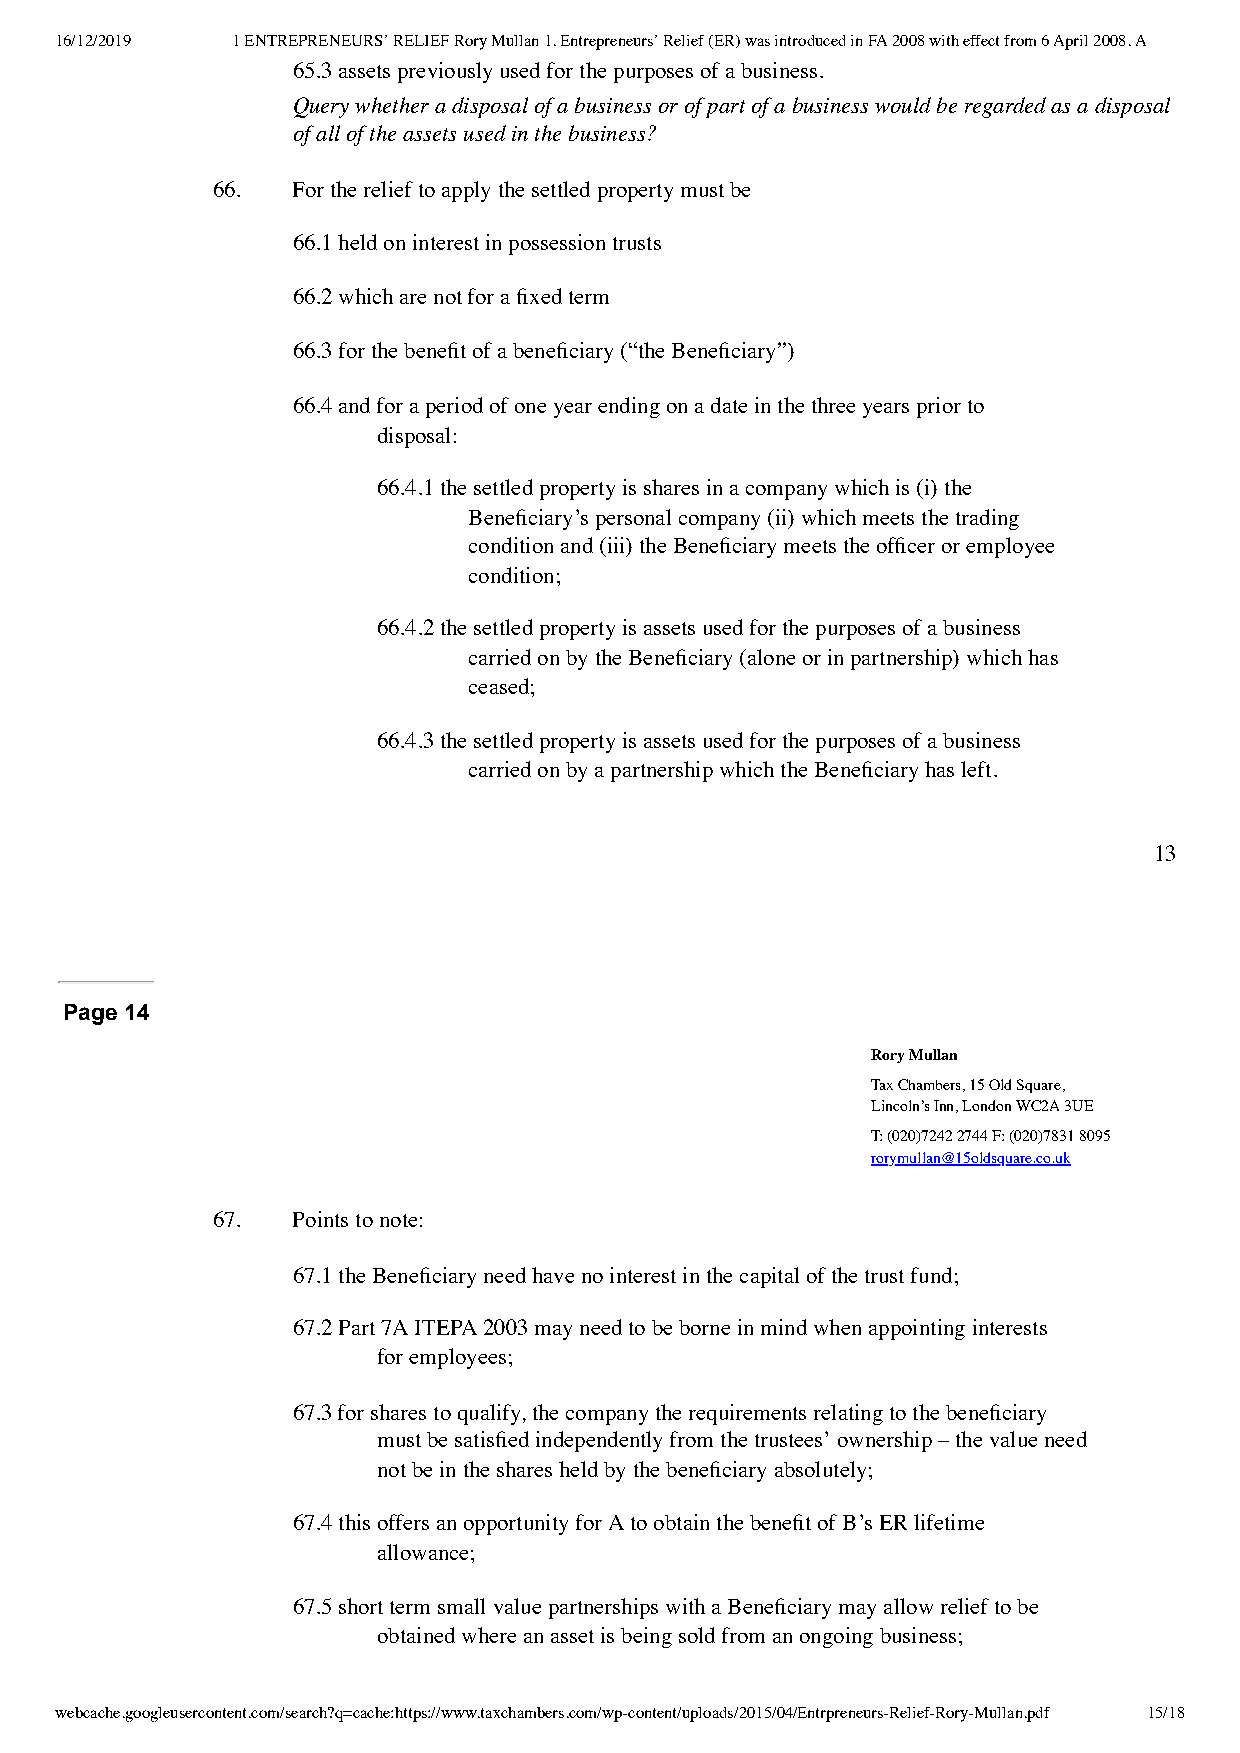
16/12/2019 1 ENTREPRENEURS’ RELIEF Rory Mullan 1. Entrepreneurs’ Relief (ER) was introduced in FA 2008 with effect from 6 April 2008. A
 65.3 assets previously used for the purposes of a business.
 Query whether a disposal of a business or of part of a business would be regarded as a disposal
 of all of the assets used in the business?
 66.  For the relief to apply the settled property must be
 66.1 held on interest in possession trusts
 66.2 which are not for a fixed term
 66.3 for the benefit of a beneficiary (“the Beneficiary”)
 66.4 and for a period of one year ending on a date in the three years prior to
 disposal:
 66.4.1 the settled property is shares in a company which is (i) the
 Beneficiary’s personal company (ii) which meets the trading
 condition and (iii) the Beneficiary meets the officer or employee
 condition;
 66.4.2 the settled property is assets used for the purposes of a business
 carried on by the Beneficiary (alone or in partnership) which has
 ceased;
 66.4.3 the settled property is assets used for the purposes of a business
 carried on by a partnership which the Beneficiary has left.
 13
 Page 14
 Rory Mullan
 Tax Chambers, 15 Old Square,
 Lincoln’s Inn, London WC2A 3UE
 T: (020)7242 2744 F: (020)7831 8095
 rorymullan@15oldsquare.co.uk
 67.  Points to note:
 67.1 the Beneficiary need have no interest in the capital of the trust fund;
 67.2 Part 7A ITEPA 2003 may need to be borne in mind when appointing interests
 for employees;
 67.3 for shares to qualify, the company the requirements relating to the beneficiary
 must be satisfied independently from the trustees’ ownership – the value need
 not be in the shares held by the beneficiary absolutely;
 67.4 this offers an opportunity for A to obtain the benefit of B’s ER lifetime
 allowance;
 67.5 short term small value partnerships with a Beneficiary may allow relief to be
 obtained where an asset is being sold from an ongoing business;
 webcache.googleusercontent.com/search?q=cache:https://www.taxchambers.com/wp-content/uploads/2015/04/Entrpreneurs-Relief-Rory-Mullan.pdf 15/18